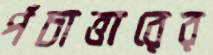
পঁচাত্তারের